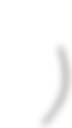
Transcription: Гаџин Хан)